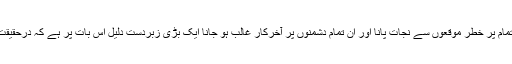
پس صاف ظاہر ہے کہ آنحضرتﷺ کا ان تمام پُر خطر موقعوں سے نجات پانا اور ان تمام دشمنوں پر آخرکار غالب ہو جانا ایک بڑی زبردست دلیل اس بات پر ہے کہ درحقیقت آپ صادق تھے اور خدا آپؐ کے ساتھ تھا۔